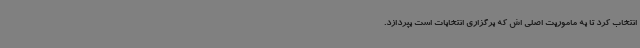
انتخاب کرد تا به ماموریت اصلی اش که برگزاری انتخابات است بپردازد.